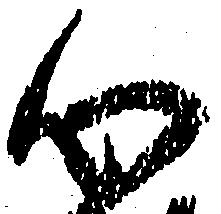
心